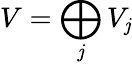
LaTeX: V=\bigoplus_{\mathit{j}}{V_{\mathit{j}}}